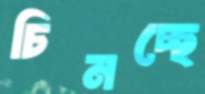
চিনচ্ছে